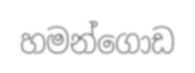
හමන්ගොඩ